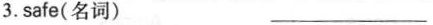
3. safe(名词) ___